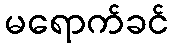
မရောက်ခင်